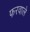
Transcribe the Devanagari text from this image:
फरवाले